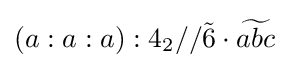
\left(a:a:a\right):4_{2}//{\tilde {6}}\cdot {\widetilde {abc}}